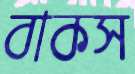
বাকস